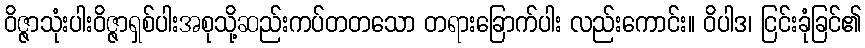
ဝိဇ္ဇာသုံးပါးဝိဇ္ဇာရှစ်ပါးအစုသို့ဆည်းကပ်တတသော တရားခြောက်ပါး လည်းကောင်း။ ဝိပါဒ၊ ငြင်းခုံခြင်၏